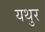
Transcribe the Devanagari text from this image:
यथुर